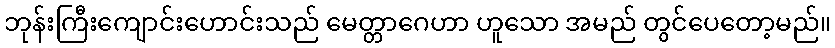
ဘုန်းကြီးကျောင်းဟောင်းသည် မေတ္တာဂေဟာ ဟူသော အမည် တွင်ပေတော့မည်။